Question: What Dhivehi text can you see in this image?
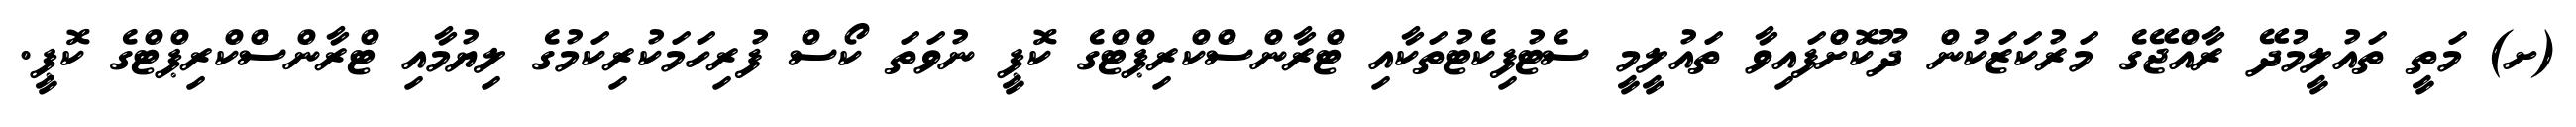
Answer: (ށ) މަތީ ތައުލީމުދޭ ރާއްޖޭގެ މަރުކަޒަކުން ދޫކޮށްފައިވާ ތައުލީމީ ސެޓުފިކެޓުތަކާއި ޓްރާންސްކްރިޕްޓްގެ ކޮޕީ ނުވަތަ ކޯސް ފުރިހަމަކުރިކަމުގެ ލިޔުމާއި ޓްރާންސްކްރިޕްޓްގެ ކޮޕީ.